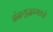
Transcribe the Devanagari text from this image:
द्वंद्वयुद्धामध्ये